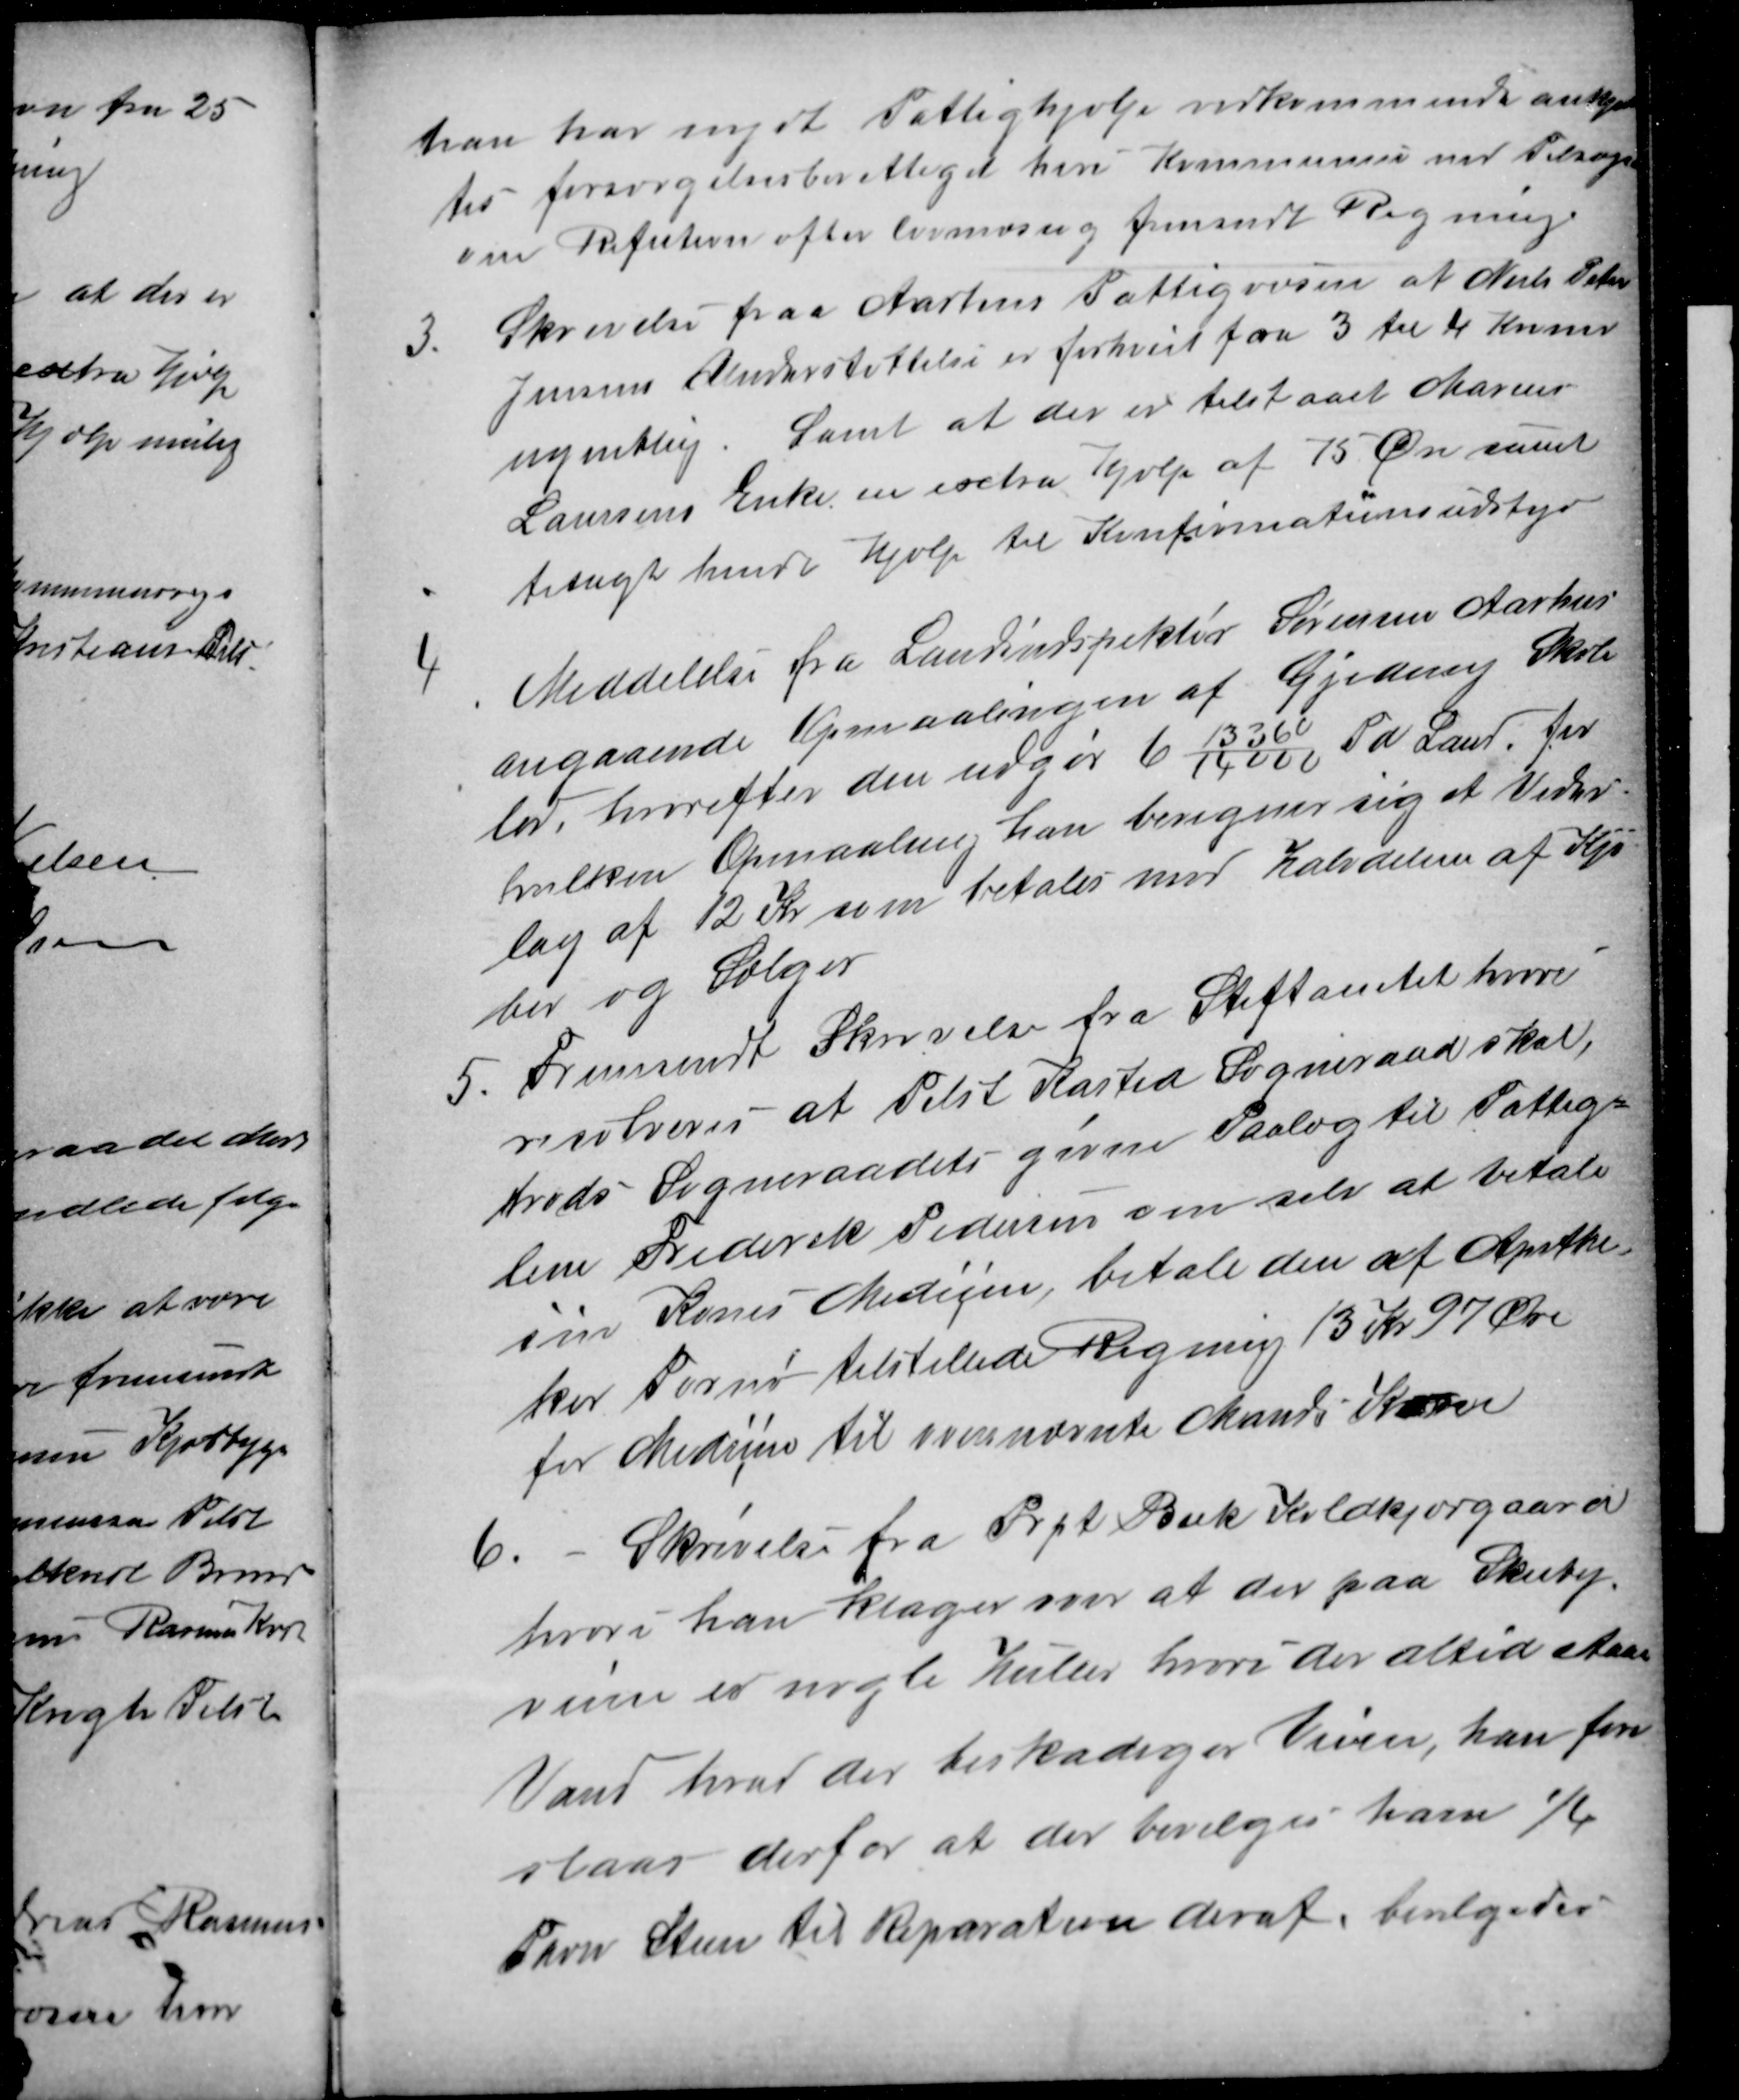
Transskription:
han har nydt Fattighjælp vedkommende anerkjen
tes forsørgelsesberettiget heri Kommunen med Tilsagn
om Refution efter lovmæssig fremsendt Regning.
3.
Skrivelse fraa Aarhus Fattigvæsen at Niels Peter
Jensens Understøttelse er forhøiet fra 3 til 4 Kroner
ugentlig. Samt at der er tilstaaet Marius
Laursens Enke en extra Hjælp af 75 Øre samt
tisagt hende Hjælp til Konfirmationsudstyr
4
Meddelelse fra Landinspektør Sørensen Aarhus
angaaende Opmaalingen af Gjeding Skole
lod, hvorefter den udgør 6 13360/14000 Td Land, for
hvilken Opmaaling han beregner sig et Veder-
lag af 12 Kr som betales med halvdelen af Kjø
ber og Sælger
5.
Fremsendt Skrivelse fra Stiftamtet hvori
resolveres at Tilst Kasted Sogneraad skal,
trods Sogneraadets givne Paalæg til Fattig=
lem Frederik Pedersen om selv at betale
sin Kones Medicen, betale den af Apothe-
ker Tornø tilstillede Regning 13 Kr. 97 Øre
for Medicin til ovennævnte Mands Kone
6
Skrivelse fra Prpt Beck Koldkjærgaard
hvori han klager om at der paa Skeiby-
veien er nogle Huller hvori der altid staar
Vand hvad der beskadiger Veien, han fore
slaar derfor at der bevilges ham ¼
Favn Steen til Reparation deraf. bevilgedes